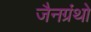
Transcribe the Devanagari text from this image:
जैनग्रंथो